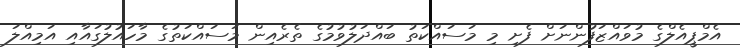
އެމްޕީއެލްގެ މުވައްޒަފުންނަށް ފެށި މި މަސައްކަތު ބައްދަލުވުމުގެ ތެރެއިން މަސައްކަތުގެ މާހައުލުގައާއި އަމިއްލަ